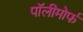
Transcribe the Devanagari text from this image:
पॉलीमोर्फ